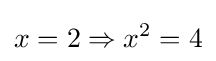
x=2\Rightarrow x^{2}=4